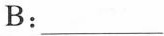
B:___